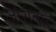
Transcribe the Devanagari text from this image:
जोराबाट